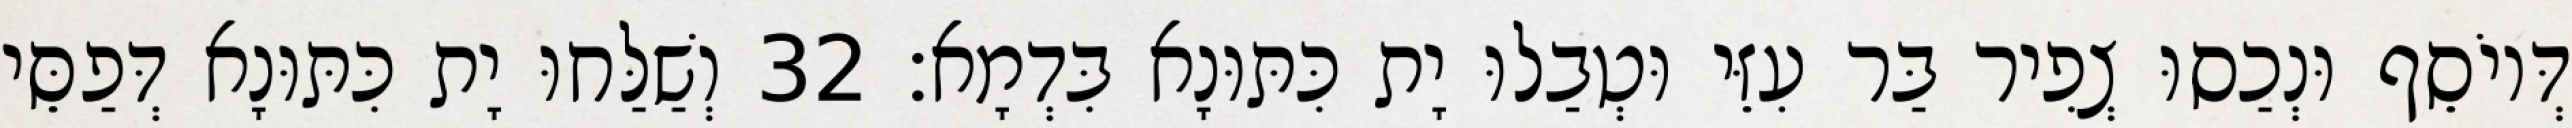
דְּיוֹסֵף וּנְכַסוּ צְפִיר בַּר עִזֵּי וּטְבַלוּ יָת כִּתּוּנָא בִּדְמָא׃ 32 וְשַׁלַּחוּ יָת כִּתּוּנָא דְּפַסֵּי